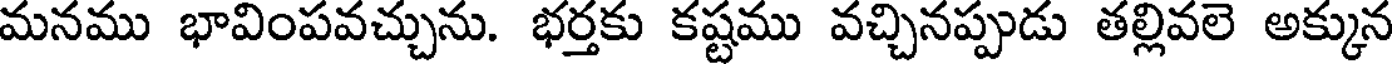
మనము భావింపవచ్చును. భర్తకు కష్టము వచ్చినప్పుడు తల్లివలె అక్కున